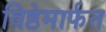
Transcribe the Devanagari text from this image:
विष्ठेमार्फत